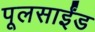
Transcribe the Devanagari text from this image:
पूलसाईंड